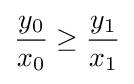
{\frac {y_{0}}{x_{0}}}\geq {\frac {y_{1}}{x_{1}}}